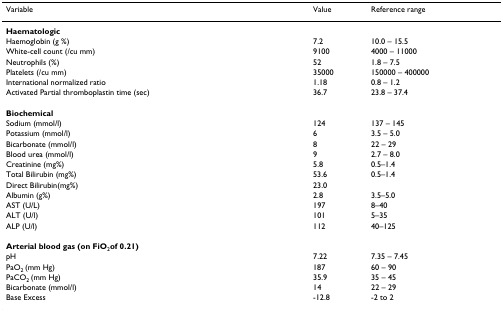
| Variable | Value | Reference range |
 | --- | --- | --- |
 | Haematologic |  |  |
 | Haemoglobin (g %) | 7.2 | 10.0 – 15.5 |
 | White-cell count (/cu mm) | 9100 | 4000 – 11000 |
 | Neutrophils (%) | 52 | 1.8 – 7.5 |
 | Platelets (/cu mm) | 35000 | 150000 – 400000 |
 | International normalized ratio | 1.18 | 0.8 – 1.2 |
 | Activated Partial thromboplastin time (sec) | 36.7 | 23.8 – 37.4 |
 | Biochemical |  |  |
 | Sodium (mmol/l) | 124 | 137 – 145 |
 | Potassium (mmol/l) | 6 | 3.5 – 5.0 |
 | Bicarbonate (mmol/l) | 8 | 22 – 29 |
 | Blood urea (mmol/l) | 9 | 2.7 – 8.0 |
 | Creatinine (mg%) | 5.8 | 0.5–1.4 |
 | Total Bilirubin (mg%) | 53.6 | 0.5–1.4 |
 | Direct Bilirubin(mg%) | 23.0 |  |
 | Albumin (g%) | 2.8 | 3.5–5.0 |
 | AST (U/L) | 197 | 8–40 |
 | ALT (U/l) | 101 | 5–35 |
 | ALP (U/l) | 112 | 40–125 |
 | Arterial blood gas (on FiO2of 0.21) |  |  |
 | pH | 7.22 | 7.35 – 7.45 |
 | PaO2 (mm Hg) | 187 | 60 – 90 |
 | PaCO2 (mm Hg) | 35.9 | 35 – 45 |
 | Bicarbonate (mmol/l) | 14 | 22 – 29 |
 | Base Excess | -12.8 | -2 to 2 |